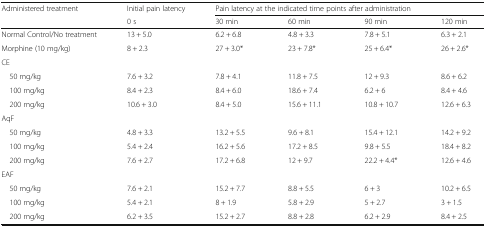
<table><thead><tr><td><b>Administered treatment</b></td><td><b>Initial pain latency</b></td><td colspan="4"><b>Pain latency at the indicated time points after administration</b></td></tr><tr><td></td><td><b>0 s</b></td><td><b>30 min</b></td><td><b>60 min</b></td><td><b>90 min</b></td><td><b>120 min</b></td></tr></thead><tbody><tr><td>Normal Control/No treatment</td><td>13 + 5.0</td><td>6.2 + 6.8</td><td>4.8 + 3.3</td><td>7.8 + 5.1</td><td>6.3 + 2.1</td></tr><tr><td>Morphine (10 mg/kg)</td><td>8 + 2.3</td><td>27 + 3.0*</td><td>23 + 7.8*</td><td>25 + 6.4*</td><td>26 + 2.6*</td></tr><tr><td>CE</td><td></td><td></td><td></td><td></td><td></td></tr><tr><td> 50 mg/kg</td><td>7.6 + 3.2</td><td>7.8 + 4.1</td><td>11.8 + 7.5</td><td>12 + 9.3</td><td>8.6 + 6.2</td></tr><tr><td> 100 mg/kg</td><td>8.4 + 2.3</td><td>8.4 + 6.0</td><td>18.6 + 7.4</td><td>6.2 + 6</td><td>8.4 + 4.6</td></tr><tr><td> 200 mg/kg</td><td>10.6 + 3.0</td><td>8.4 + 5.0</td><td>15.6 + 11.1</td><td>10.8 + 10.7</td><td>12.6 + 6.3</td></tr><tr><td>AqF</td><td></td><td></td><td></td><td></td><td></td></tr><tr><td> 50 mg/kg</td><td>4.8 + 3.3</td><td>13.2 + 5.5</td><td>9.6 + 8.1</td><td>15.4 + 12.1</td><td>14.2 + 9.2</td></tr><tr><td> 100 mg/kg</td><td>5.4 + 2.4</td><td>16.2 + 5.6</td><td>17.2 + 8.5</td><td>9.8 + 5.5</td><td>18.4 + 8.2</td></tr><tr><td> 200 mg/kg</td><td>7.6 + 2.7</td><td>17.2 + 6.8</td><td>12 + 9.7</td><td>22.2 + 4.4*</td><td>12.6 + 4.6</td></tr><tr><td>EAF</td><td></td><td></td><td></td><td></td><td></td></tr><tr><td> 50 mg/kg</td><td>7.6 + 2.1</td><td>15.2 + 7.7</td><td>8.8 + 5.5</td><td>6 + 3</td><td>10.2 + 6.5</td></tr><tr><td> 100 mg/kg</td><td>5.4 + 2.1</td><td>8 + 1.9</td><td>5.8 + 2.9</td><td>5 + 2.7</td><td>3 + 1.5</td></tr><tr><td> 200 mg/kg</td><td>6.2 + 3.5</td><td>15.2 + 2.7</td><td>8.8 + 2.8</td><td>6.2 + 2.9</td><td>8.4 + 2.5</td></tr></tbody></table>